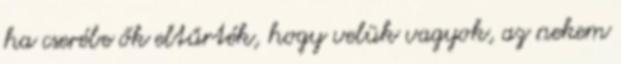
ha cserébe ők eltűrték, hogy velük vagyok, az nekem